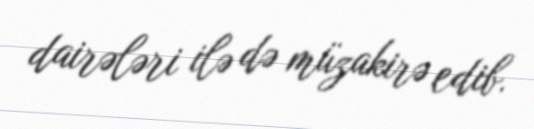
dairələri ilə də müzakirə edib.